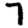
Digit: 7